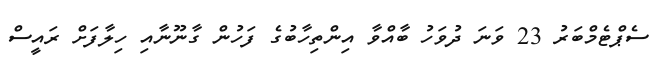
ސެޕްޓެމްބަރު 23 ވަނަ ދުވަހު ބާއްވާ އިންތިހާބުގެ ފަހުން ގާނޫނާއި ހިލާފަށް ރައީސް